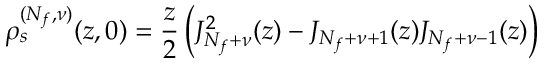
\rho _ { s } ^ { ( N _ { f } , \nu ) } ( z , 0 ) = \frac { z } { 2 } \left( J _ { N _ { f } + \nu } ^ { 2 } ( z ) - J _ { N _ { f } + \nu + 1 } ( z ) J _ { N _ { f } + \nu - 1 } ( z ) \right)